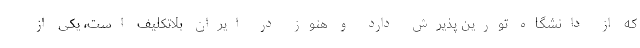
که از دانشگاه تورین پذیرش دارد و هنوز در ایران بلاتکلیف است، یکی از